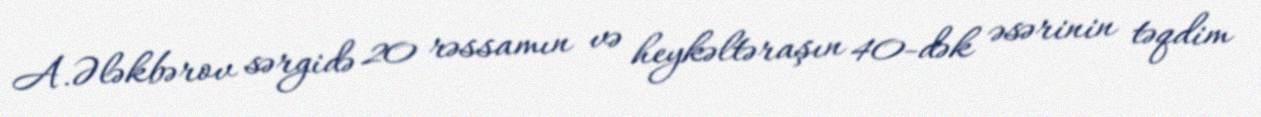
A.Ələkbərov sərgidə 20 rəssamın və heykəltəraşın 40-dək əsərinin təqdim